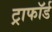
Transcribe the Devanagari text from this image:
ट्राफॉर्ड